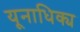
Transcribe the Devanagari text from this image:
यूनाधिक्य